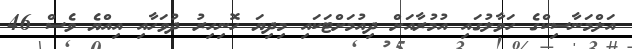
އަލްމަނާސިކްގެ ހަވާލުގައި އުމުރާއަށް ދިއުމަށްޓަކައި މިދިޔަ ހޮނިހިރު ދުވަހާއި އިއްޔެ ވެސް 46